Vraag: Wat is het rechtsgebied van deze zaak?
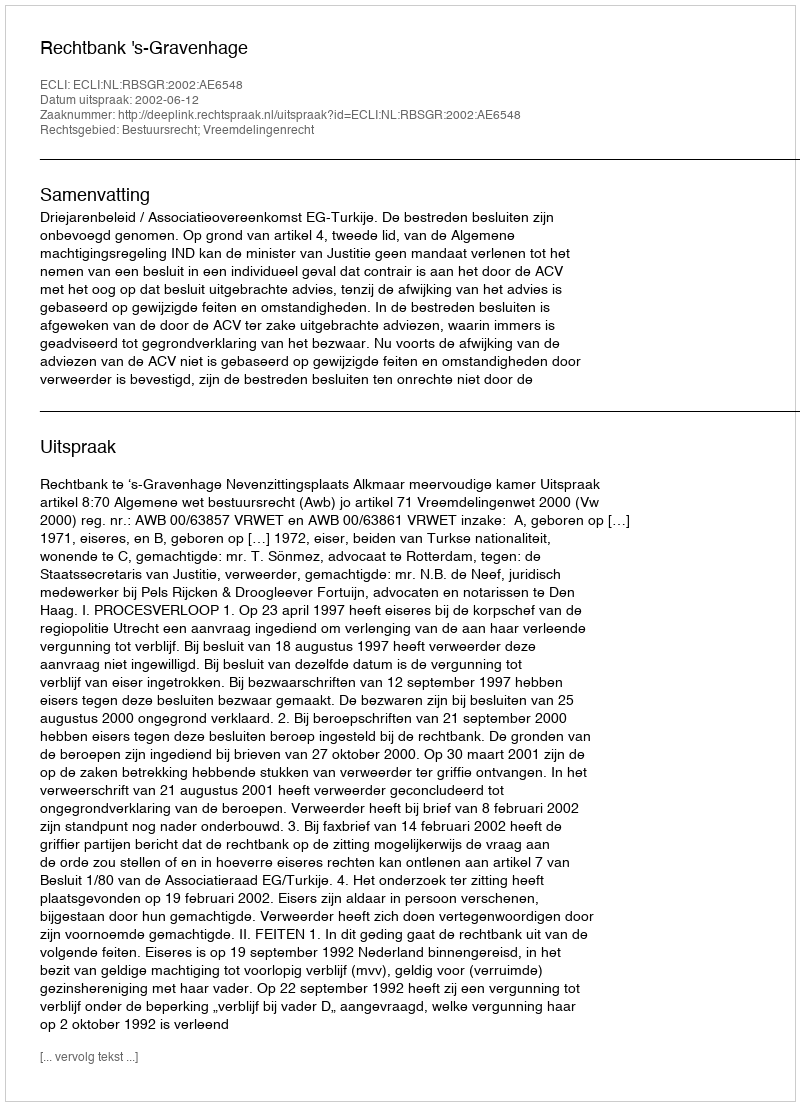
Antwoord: Bestuursrecht; Vreemdelingenrecht